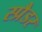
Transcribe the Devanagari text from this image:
स्प्रैडर